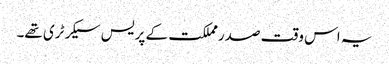
یہ اس وقت صدرمملکت کے پریس سیکرٹری تھے۔